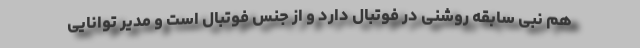
هم نبی سابقه روشنی در فوتبال دارد و از جنس فوتبال است و مدیر توانایی